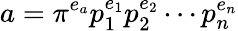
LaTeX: a=\pi^{e_{a}}p_{1}^{e_{1}}p_{2}^{e_{2}}\cdots p_{n}^{e_{n}}